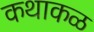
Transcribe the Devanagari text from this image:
कथाकळ